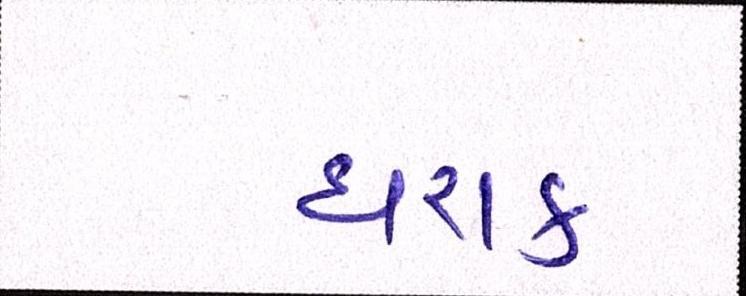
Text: ઘરાક